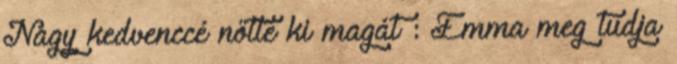
Nagy kedvenccé nőtte ki magát : Emma meg tudja